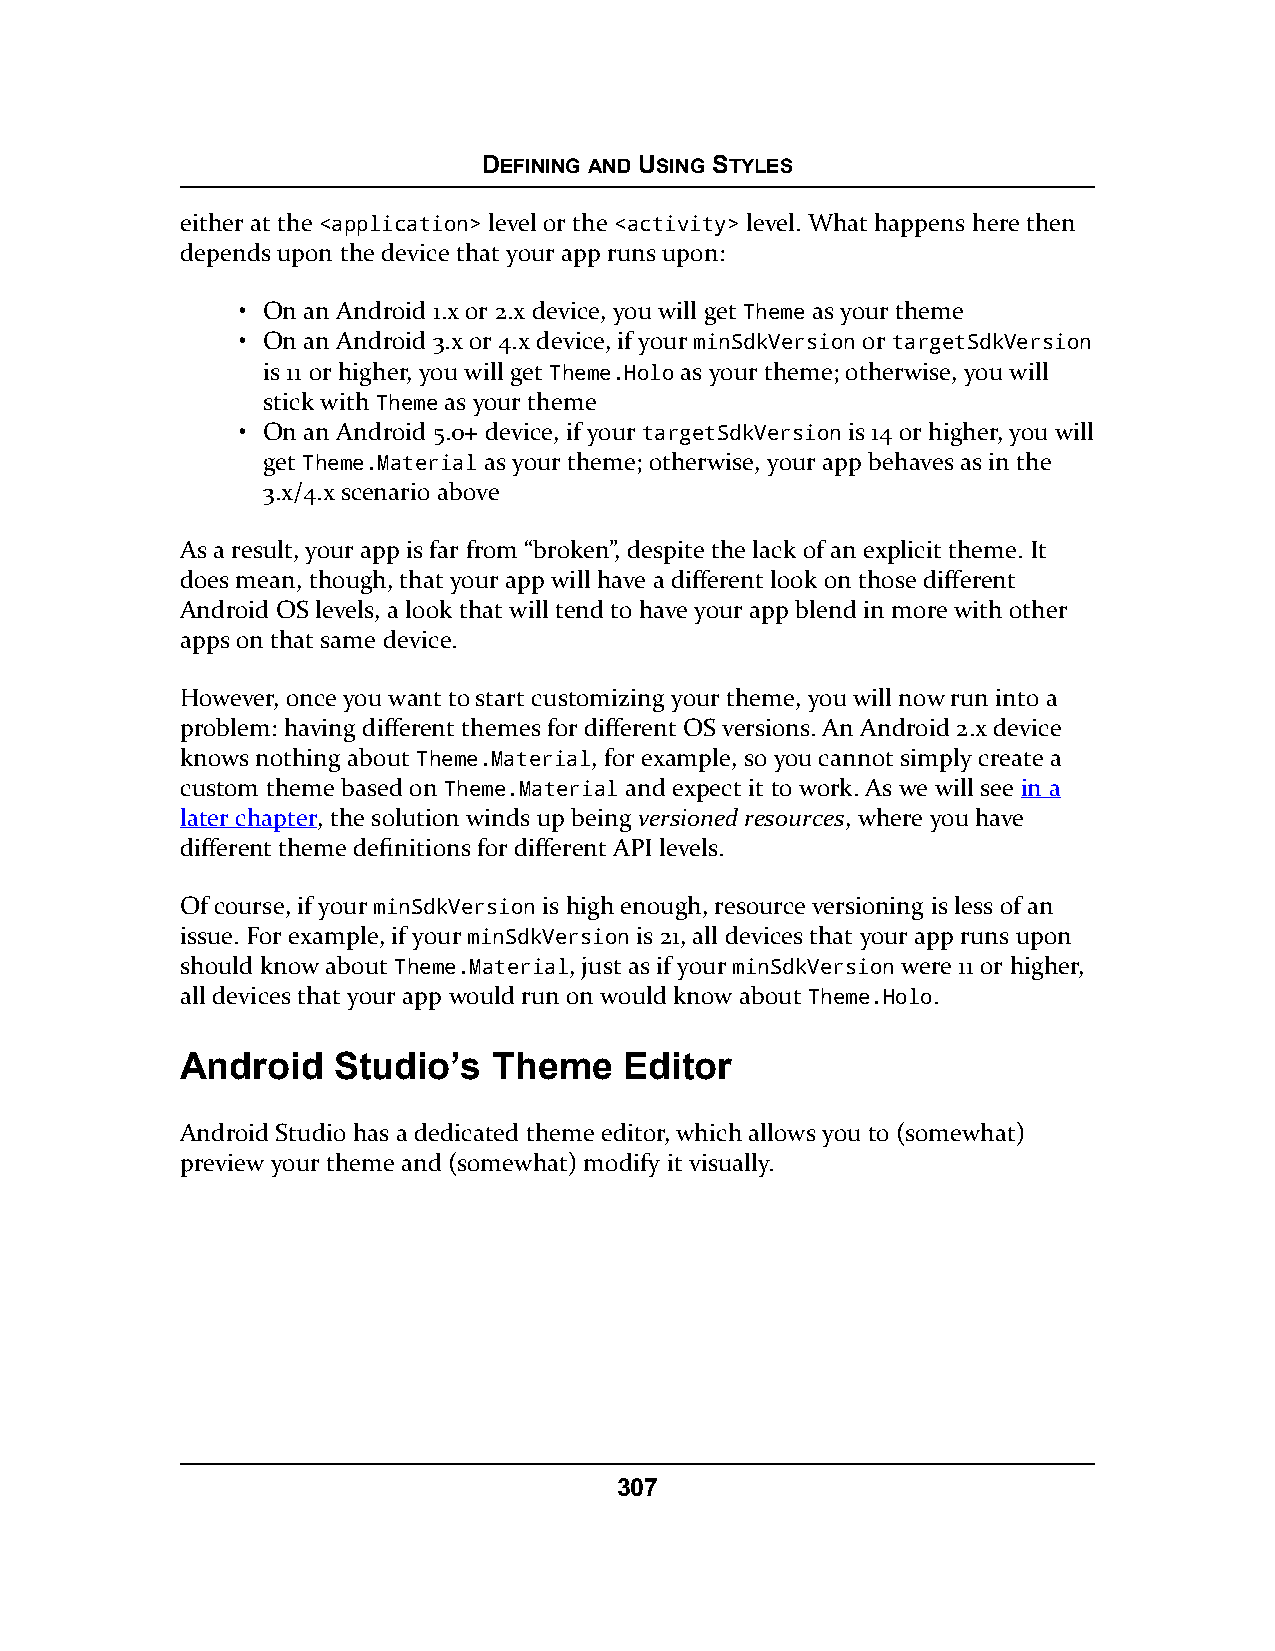
DEFINING AND USING STYLES
 either at the <application> level or the <activity> level. What happens here then
 depends upon the device that your app runs upon:
 • On an Android 1.x or 2.x device, you will get Theme as your theme
 • On an Android 3.x or 4.x device, if your minSdkVersion or targetSdkVersion
 is 11 or higher, you will get Theme.Holo as your theme; otherwise, you will
 stick with Theme as your theme
 • On an Android 5.0+ device, if your targetSdkVersion is 14 or higher, you will
 get Theme.Material as your theme; otherwise, your app behaves as in the
 3.x/4.x scenario above
 As a result, your app is far from “broken”, despite the lack of an explicit theme. It
 does mean, though, that your app will have a different look on those different
 Android OS levels, a look that will tend to have your app blend in more with other
 apps on that same device.
 However, once you want to start customizing your theme, you will now run into a
 problem: having different themes for different OS versions. An Android 2.x device
 knows nothing about Theme.Material, for example, so you cannot simply create a
 custom theme based on Theme.Material and expect it to work. As we will see in a
 later chapter, the solution winds up being versioned resources, where you have
 different theme definitions for different API levels.
 Of course, if your minSdkVersion is high enough, resource versioning is less of an
 issue. For example, if your minSdkVersion is 21, all devices that your app runs upon
 should know about Theme.Material, just as if your minSdkVersion were 11 or higher,
 all devices that your app would run on would know about Theme.Holo.
 Android   Studio’s   Theme   Editor
 Android Studio has a dedicated theme editor, which allows you to (somewhat)
 preview your theme and (somewhat) modify it visually.
 307